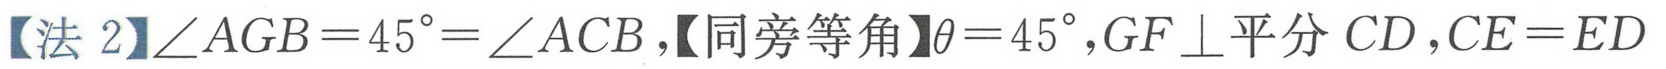
【法 2】\(\angle AGB = 45^{\circ}=\angle ACB\)，【同旁等角】\(\theta = 45^{\circ}\)，\(GF\perp\)平分 \(CD\)，\(CE = ED\)